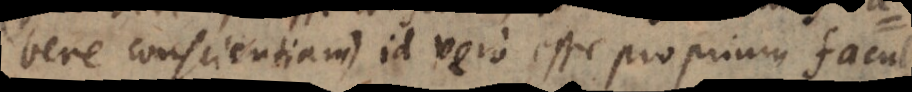
bere conscientiam), id vero esse proprium facul